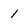
Character: 1